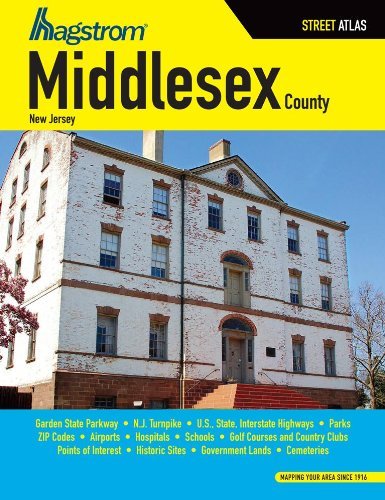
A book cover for Middlesex County NJ Street Atlas; Hagstrom; Travel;